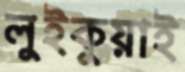
লুইকুয়াই